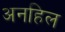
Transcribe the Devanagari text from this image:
अनहिल